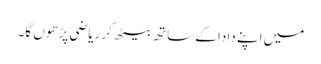
میں اپنے دادا کے ساتھ بیٹھ کر ریاضی پڑھوں گا۔